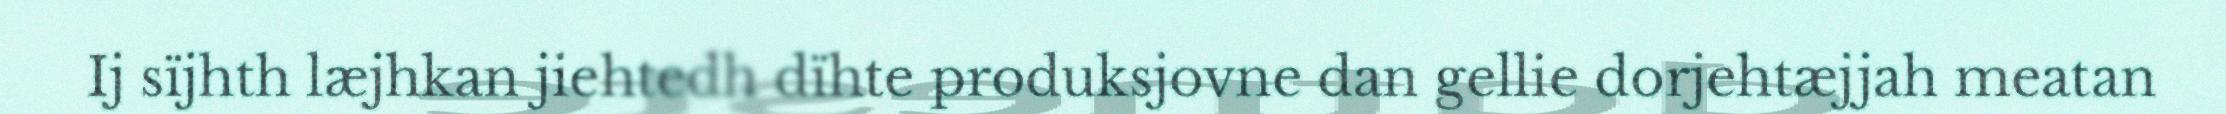
Ij sïjhth læjhkan jiehtedh dïhte produksjovne dan gellie dorjehtæjjah meatan